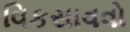
વિકસાવવો